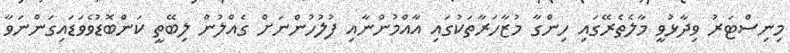
މިނިސްޓަރު ވިދާޅުވީ މާލެތެރޭގައި ހިންގާ މުޒާހަރާތަކުގައި އާއްމުންނާއި ފުލުހުންނަށް ގެއްލުން ލިބޭތީ ކަންބޮޑުވެވަޑައިގަންނަވާ